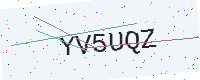
Text: YV5UQZ